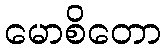
မောစိတော